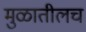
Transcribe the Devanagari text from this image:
मुळातीलच